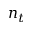
n _ { t }